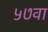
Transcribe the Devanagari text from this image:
५७वा